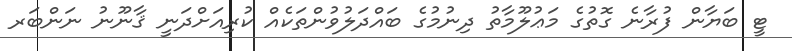
ޓީ ބަޔާން ފުރާނެ ގޮތުގެ މަޢުލޫމާތު ދިނުމުގެ ބައްދަލުވުންތަކެއް ކުރިއަށްދަނީ ޤާނޫނު ނަންބަރ